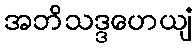
အဘိသဒ္ဒဟေယျံ